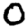
Digit: 0